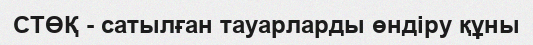
СТӨҚ - сатылған тауарларды өндіру құны